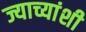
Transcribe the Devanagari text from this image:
ज्याच्यांशी